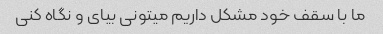
ما با سقف خود مشکل داریم میتونی بیای و نگاه کنی